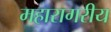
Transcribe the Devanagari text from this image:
महारागरीय